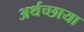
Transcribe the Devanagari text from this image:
अर्थच्छाया